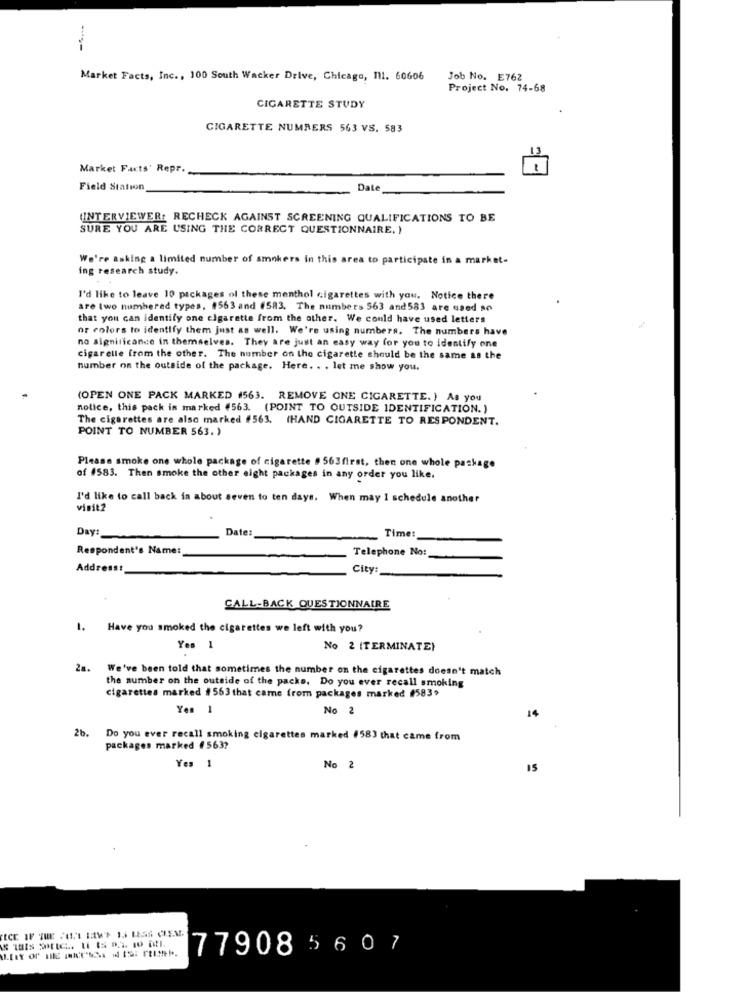
----
Market Facts, Inc ., 100 South Wacker Drive, Chicago, 11. 60606
Job No. E762
Project No. 74-68
CIGARETTE STUDY
CIGARETTE NUMBERS 563 VS. 583
Market Facts' Repr.
Field Station
Date
(INTERVIEWER: RECHECK AGAINST SCREENING QUALIFICATIONS TO BE
SURE YOU ARE USING THE CORRECT QUESTIONNAIRE. )
We're asking a limited number of smokers in this area to participate in a market-
ing research study.
I'd like to leave 10 packages of these menthol cigarettes with you. Notice there
are two numbered types, #563 and #583. The numbers 563 and 583 are used so
that you can identify one cigarette from the other. We could have used letters
or colors to identify them just as well. We're using numbers. The numbers have
no significance in themselves. They are just an easy way for you to identify one
cigarelle from the other. The number on the cigarette should be the same as the
number on the outside of the package. Here. . . let me show you.
(OPEN ONE PACK MARKED (563. REMOVE ONE CIGARETTE. ) As you
notice, this pack is marked 4563. (POINT TO OUTSIDE IDENTIFICATION.)
The cigarettes are also marked #563. (HAND CIGARETTE TO RESPONDENT.
POINT TO NUMBER 563. )
Please smoke one whole package of cigarette # 563first, then one whole package
of 1583. Then smoke the other eight packages in any order you like.
I'd like to call back in about seven to ten days. When may I schedule another
visit2
Day:
Date:
Time:
Respondent's Name:
Telephone No:
Addresst
City:
CALL-BACK QUESTIONNAIRE
1. Have you smoked the cigarettes we left with you?
Yes 1
No 2 (TERMINATE)
28.
We've been told that sometimes the number on the cigarettes doesn't match
the number on the outside of the packs. Do you ever recall smoking
cigarettes marked #563 that came from packages marked #583,
Yen 1
No 2
14
2b.
Do you ever recall smoking cigarettes marked #583 that came from
packages marked 4563?
Yes 1
No 2
15
779085607